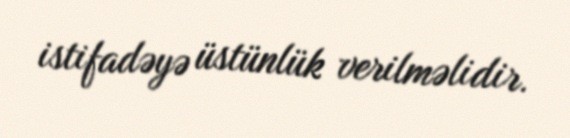
istifadəyə üstünlük verilməlidir.